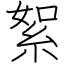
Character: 絮